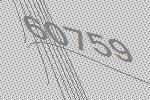
60759